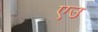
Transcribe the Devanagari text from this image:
एउ